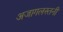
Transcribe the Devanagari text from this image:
अजागलस्तनी